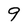
Character: 9